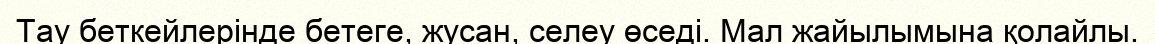
Тау беткейлерінде бетеге, жусан, селеу өседі. Мал жайылымына қолайлы.